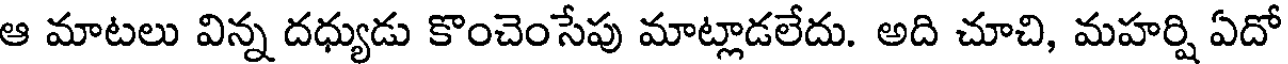
ఆ మాటలు విన్న దధ్యుడు కొంచెంసేపు మాట్లాడలేదు. అది చూచి, మహర్షి ఏదో